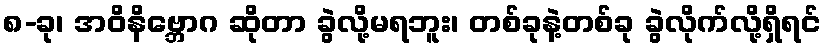
၈-ခု၊ အဝိနိဗ္ဘောဂ ဆိုတာ ခွဲလို့မရဘူး၊ တစ်ခုနဲ့တစ်ခု ခွဲလိုက်လို့ရှိရင်